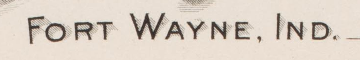
FORT WAYNE. IND.